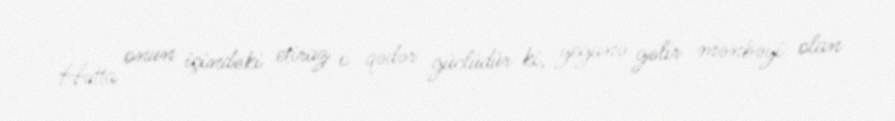
Hətta onun içindəki etiraz o qədər güclüdür ki, yeganə gəlir mənbəyi olan